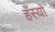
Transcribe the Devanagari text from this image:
हँस्‍यो